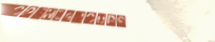
Open24Hours